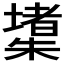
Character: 𱤧